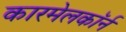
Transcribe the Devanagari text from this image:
कारमेलकॉर्न